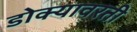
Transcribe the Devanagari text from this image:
डोक्यावरती